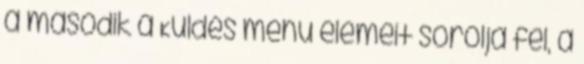
a második a Küldés menü elemeit sorolja fel, a